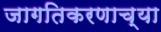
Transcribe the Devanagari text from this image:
जागतिकरणाच्या